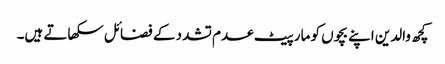
کچھ والدین اپنے بچوں کو مار پیٹ عدم تشدد کے فضائل سکھاتے ہیں۔